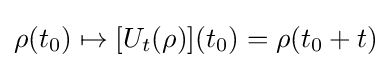
\rho (t_{0})\mapsto [U_{t}(\rho )](t_{0})=\rho (t_{0}+t)